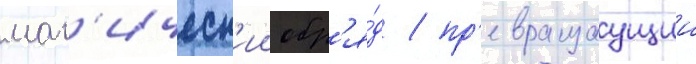
маг'ическ'ии обр'я́д / пр'евращаущии